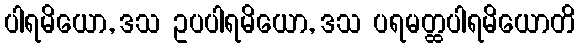
ပါရမိယော, ဒသ ဥပပါရမိယော, ဒသ ပရမတ္ထပါရမိယောတိ